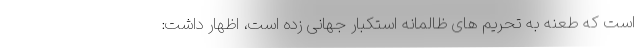
است که طعنه به تحریم های ظالمانه استکبار جهانی زده است، اظهار داشت: